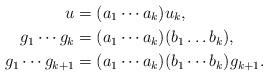
LaTeX: \begin{align*}u &=(a_1\cdots a_k)u_k,\\g_1\cdots g_k &=(a_1\cdots a_k)(b_1\dots b_k),\\g_1\cdots g_{k+1} &=(a_1\cdots a_k)(b_1\cdots b_k) g_{k+1}.\end{align*}